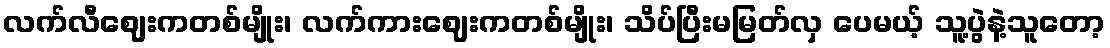
လက်လီဈေးကတစ်မျိုး၊ လက်ကားဈေးကတစ်မျိုး၊ သိပ်ပြီးမမြတ်လှ ပေမယ့် သူ့ပွဲနဲ့သူတော့